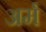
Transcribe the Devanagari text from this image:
अर्म